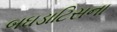
બઘડાટિસના